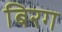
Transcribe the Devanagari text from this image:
बिरग